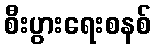
စီးပွားရေးစနစ်